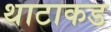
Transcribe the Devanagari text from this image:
थाटाकड